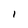
Character: l